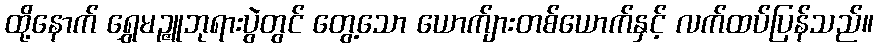
ထို့နောက် ရွှေမဉ္ဇူဘုရားပွဲတွင် တွေ့သော ယောက်ျားတစ်ယောက်နှင့် လက်ထပ်ပြန်သည်။